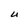
Character: U